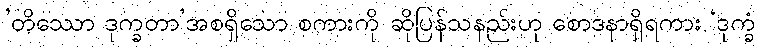
’တိဿော ဒုက္ခတာ’အစရှိသော စကားကို ဆိုပြန်သနည်းဟု စောဒနာရှိရကား ‘ဒုက္ခံ